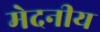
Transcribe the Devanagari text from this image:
मेदनीय